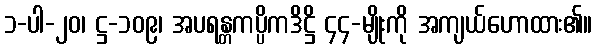
၁-ပါ-၂၀၊ ဋ္ဌ-၁၀၉၊ အပရန္တကပ္ပိကဒိဋ္ဌိ ၄၄-မျိုးကို အကျယ်ဟောထား၏။